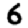
Digit: 6